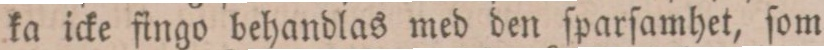
ka icke fingo behandlas med den ſparſamhet, ſom